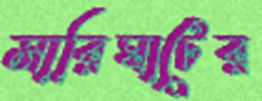
সারিঘাটের